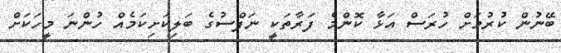
ބޭނުން ކުރުމަށް ހުރަސް އަޅާ ކޮންމެ ފަރާތަކީ ނަފްސުގެ ބަލިކަށިކަމެއް ހުންނަ މީހަކަށް